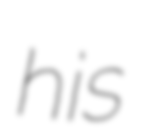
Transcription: his